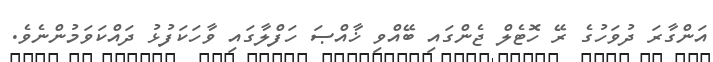
އަންގާރަ ދުވަހުގެ ރޭ ހޮޓެލް ޖެންގައި ބޭއްވި ޚާއްޞަ ހަފްލާގައި ވާހަކަފުޅު ދައްކަވަމުންނެވެ.